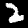
Label: 2